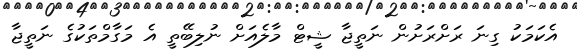
އެކަމަކު ގިނަ ރަށްރަށުން ނަތީޖާ ޝީޓް މާލެއަށް ނުލިބޭތީ އެ މަގާމްތަކުގެ ނަތީޖާ